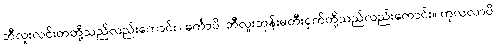
ဘီလူးလင်းတတို့သည်လည်းကောင်း။ ဓင်္ကာပိ၊ ဘီလူးဘုန်းမတီးငှက်တို့သည်လည်းကောင်း။ ကုလလာပိ၊